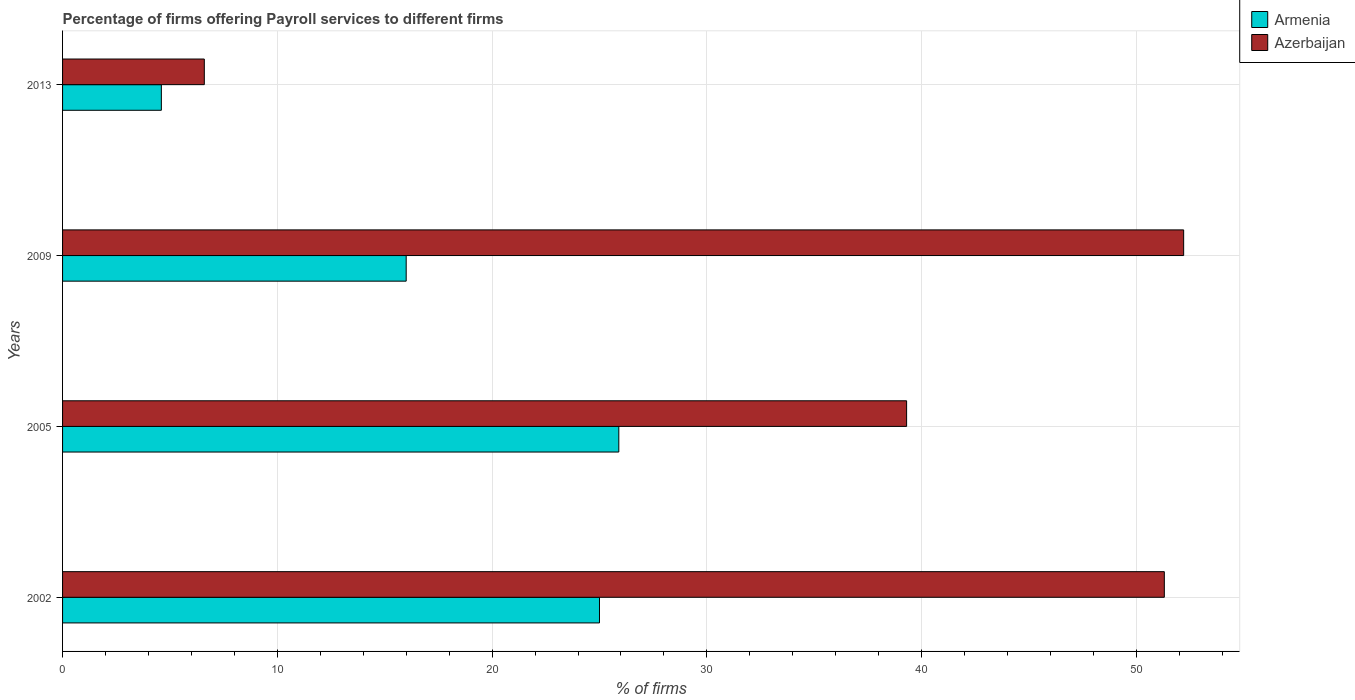
| Years | Armenia | Azerbaijan |
 | --- | --- | --- |
 | 2002 | 25 | 51.3 |
 | 2005 | 25.9 | 39.3 |
 | 2009 | 16 | 52.2 |
 | 2013 | 4.6 | 6.6 |